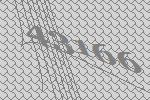
43166